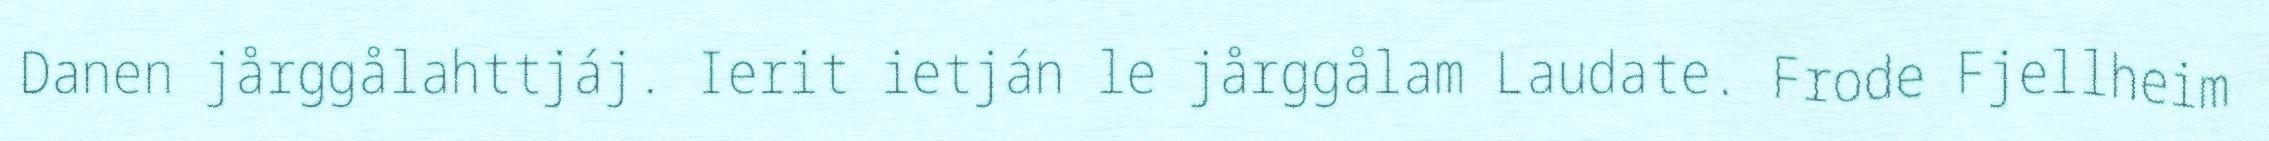
Danen jårggålahttjáj. Ierit ietján le jårggålam Laudate. Frode Fjellheim